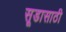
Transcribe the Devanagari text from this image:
सूडासाठी